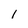
Character: l